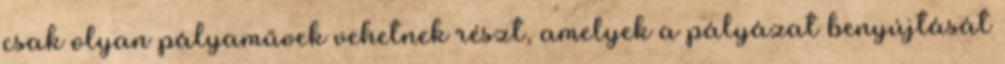
csak olyan pályaművek vehetnek részt, amelyek a pályázat benyújtását